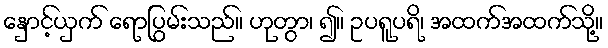
နှောင့်ယှက် ရောပြွမ်းသည်။ ဟုတွာ၊ ၍။ ဥပရူပရိ၊ အထက်အထက်သို့။